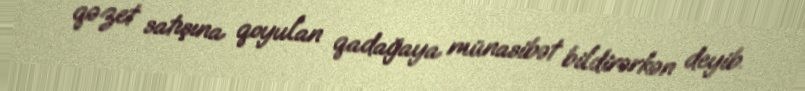
qəzet satışına qoyulan qadağaya münasibət bildirərkən deyib.